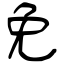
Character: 免